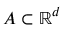
A \subset \mathbb { R } ^ { d }